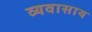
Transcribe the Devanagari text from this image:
व्यवासाय